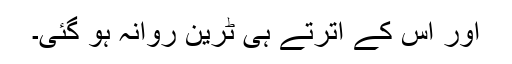
اور اس کے اترتے ہی ٹرین روانہ ہو گئی۔